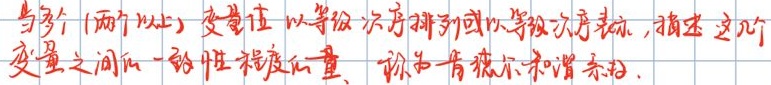
当多个（两个以上）变量值以等级次序排列或以等级次序表示，描述这几个变量之间的一致性程度的量，称为肯德尔和谐系数。